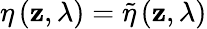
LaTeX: \eta\left(\mathbf{z},\lambda\right)=\widetilde{\eta}\left(\mathbf{z},\lambda\right)